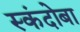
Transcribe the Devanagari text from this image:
स्कंदोबा